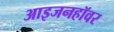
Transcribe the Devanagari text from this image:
आइजनहॉवर